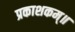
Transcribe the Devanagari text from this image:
प्रकाशकम्॥